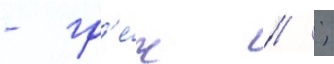
- гр'е́ч // ;